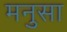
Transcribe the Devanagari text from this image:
मनुसा